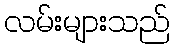
လမ်းများသည်